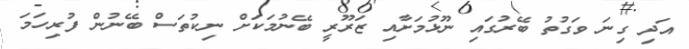
އަދި ގިނަ ވަގުތު ބޭރުގައި ނޫޅުމަށާއި ޒަރޫރީ ބޭނުމަކަށް ނިކުތަސް ބޭނުން ފުރިހަމަ